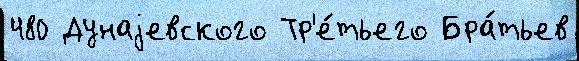
480 Дунаjевского Тр'е́тьего Бра́тьев